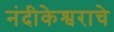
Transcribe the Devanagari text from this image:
नंदीकेश्वराचे